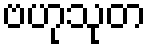
ဗဟုသုတ